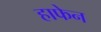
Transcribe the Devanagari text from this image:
हाफेन